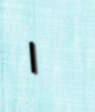
١